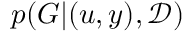
p ( G | ( u , y ) , \mathcal { D } )